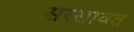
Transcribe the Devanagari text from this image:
सरसावत